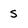
Character: s